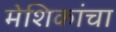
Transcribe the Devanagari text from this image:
मेशिकांचा